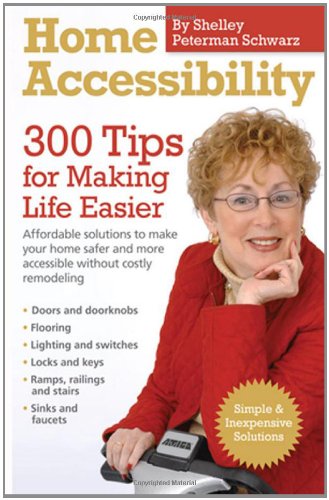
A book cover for Home Accessibility (300 Tips for Making Life Easier); Shelley Peterman Schwarz; Health, Fitness & Dieting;